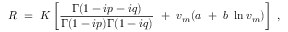
R ~ = ~ K \left[ { \frac { \Gamma ( 1 - i p - i q ) } { \Gamma ( 1 - i p ) \Gamma ( 1 - i q ) } } ~ + ~ v _ { m } ( a ~ + ~ b ~ \ln v _ { m } ) \right] ~ ,